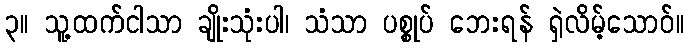
၃။ သူ့ထက်ငါသာ ချိုးသုံးပါ၊ သံသာ ပစ္စုပ် ဘေးရန် ရှဲလိမ့်သောဝ်။